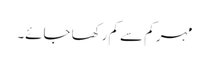
مہر کم سے کم رکھا جائے۔